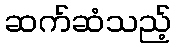
ဆက်ဆံသည့်